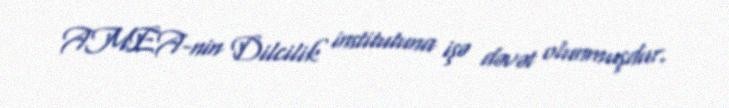
AMEA-nin Dilcilik institutuna işə dəvət olunmuşdur.